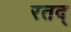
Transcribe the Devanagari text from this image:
रतद्